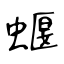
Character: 蝘